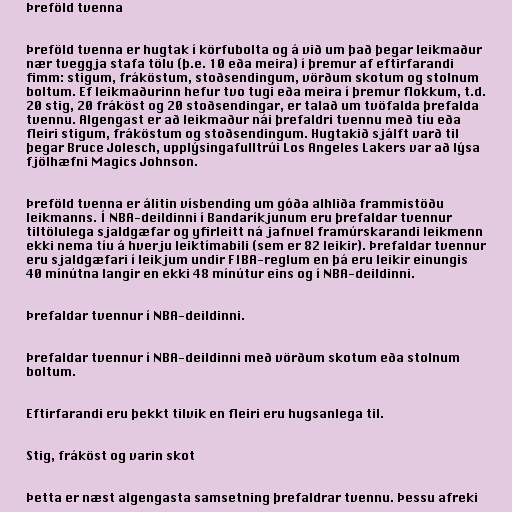
Þreföld tvenna

Þreföld tvenna er hugtak í körfubolta og á við um það þegar leikmaður
nær tveggja stafa tölu (þ.e. 10 eða meira) í þremur af eftirfarandi
fimm: stigum, fráköstum, stoðsendingum, vörðum skotum og stolnum
boltum. Ef leikmaðurinn hefur tvo tugi eða meira í þremur flokkum, t.d.
20 stig, 20 fráköst og 20 stoðsendingar, er talað um tvöfalda þrefalda
tvennu. Algengast er að leikmaður nái þrefaldri tvennu með tíu eða
fleiri stigum, fráköstum og stoðsendingum. Hugtakið sjálft varð til
þegar Bruce Jolesch, upplýsingafulltrúi Los Angeles Lakers var að lýsa
fjölhæfni Magics Johnson.

Þreföld tvenna er álitin vísbending um góða alhliða frammistöðu
leikmanns. Í NBA-deildinni í Bandaríkjunum eru þrefaldar tvennur
tiltölulega sjaldgæfar og yfirleitt ná jafnvel framúrskarandi leikmenn
ekki nema tíu á hverju leiktímabili (sem er 82 leikir). Þrefaldar tvennur
eru sjaldgæfari í leikjum undir FIBA-reglum en þá eru leikir einungis
40 mínútna langir en ekki 48 mínútur eins og í NBA-deildinni.

Þrefaldar tvennur í NBA-deildinni.

Þrefaldar tvennur í NBA-deildinni með vörðum skotum eða stolnum
boltum.

Eftirfarandi eru þekkt tilvik en fleiri eru hugsanlega til.

Stig, fráköst og varin skot

Þetta er næst algengasta samsetning þrefaldrar tvennu. Þessu afreki